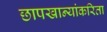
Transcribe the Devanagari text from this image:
छापखान्यांकरिता